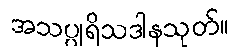
အသပ္ပုရိသဒါနသုတ်။